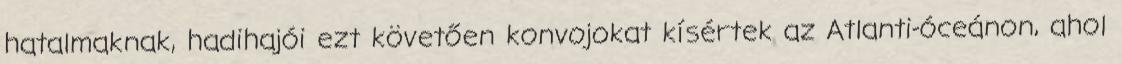
hatalmaknak, hadihajói ezt követően konvojokat kísértek az Atlanti-óceánon, ahol